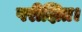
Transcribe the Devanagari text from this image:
परीक्षित।